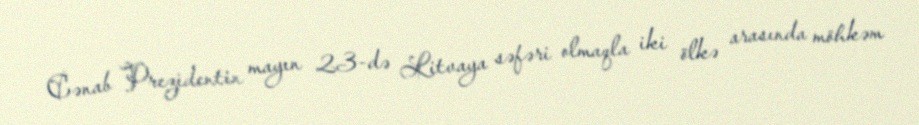
Cənab Prezidentin mayın 23-də Litvaya səfəri olmaqla iki ölkə arasında möhkəm